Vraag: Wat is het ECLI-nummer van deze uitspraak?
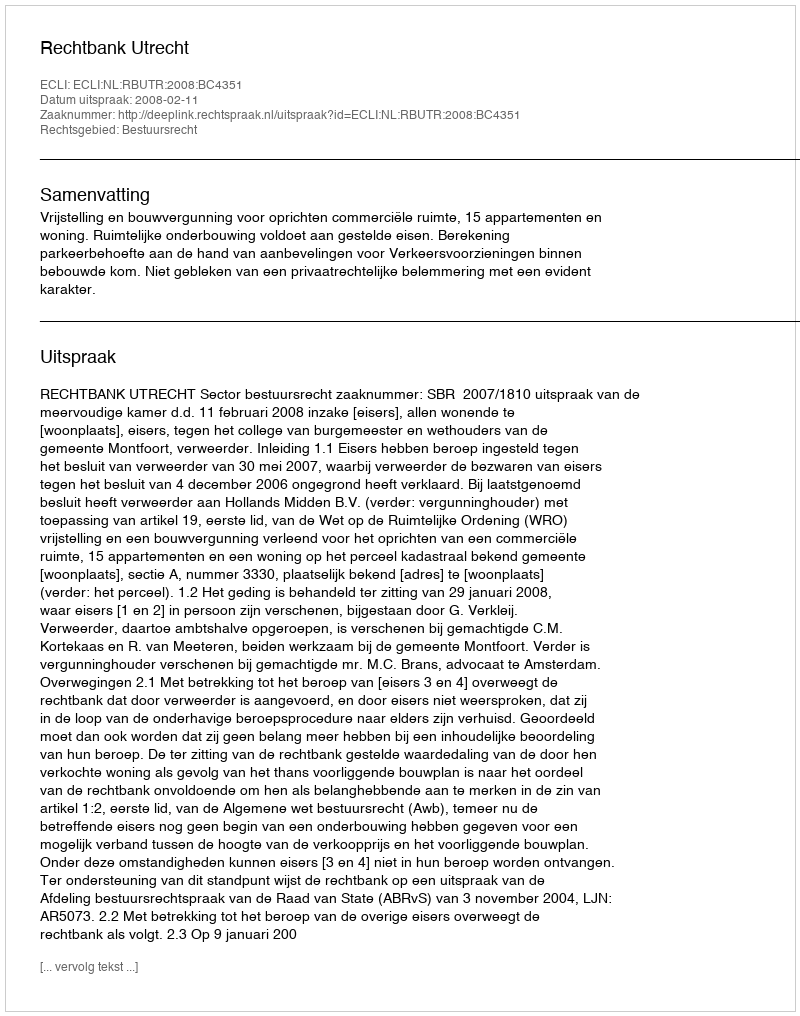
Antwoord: ECLI:NL:RBUTR:2008:BC4351